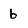
Character: 6